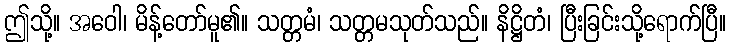
ဤသို့။ အဝေါ၊ မိန့်တော်မူ၏။ သတ္တမံ၊ သတ္တမသုတ်သည်။ နိဋ္ဌိတံ၊ ပြီးခြင်းသို့ရောက်ပြီ။